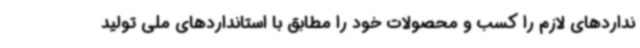
نداردهای لازم را کسب و محصولات خود را مطابق با استانداردهای ملی تولید